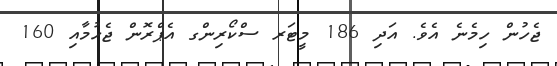
ޖެހުން ހިމެނެ އެވެ. އަދި 186 މީޓަރ ސްކޯރިންގ އެޕްރޮން ޖެހުމާއި 160